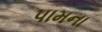
પામના